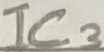
Text: IC3